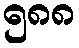
၅၈၈